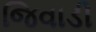
જિવાડી